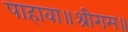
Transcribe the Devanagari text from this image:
पाहावा॥श्रीराम॥